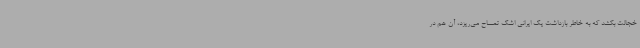
خجالت بکشد که به خاطر بازداشت یک ایرانی اشک تمساح می‌ریزد، آن هم در